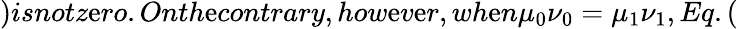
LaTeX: )isnotz\mathrm{e}ro.Onth\mathrm{e}contrary,how\mathrm{e}v\mathrm{e}r,wh\mathrm{e}n\mu_{0}\nu_{0}=\mu_{1}\nu_{1},Eq.(